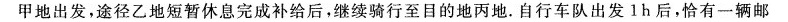
甲地出发，途径乙地短暂休息完成补给后，继续骑行至目的地丙地。自行车队出发l h后，恰有一辆邮